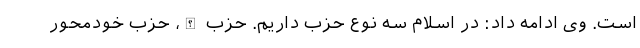
است. وی ادامه داد: در اسلام سه نوع حزب داریم. حزب الله، حزب خودمحور